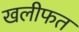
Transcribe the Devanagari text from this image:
खलीफत